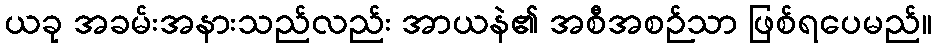
ယခု အခမ်းအနားသည်လည်း အာယနဲ၏ အစီအစဉ်သာ ဖြစ်ရပေမည်။